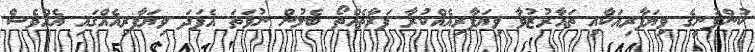
ކުންފުނީގެ ވިޔަފާރިއަކާއި ތައާރުޒުވާ ވިޔަފާރިއެއްކުރާ ފަރާތެއްތޯ ބެލުން ނުވަތަ އެފަދަ ވިޔަފާރިއެއްގައި އެއްވެސް